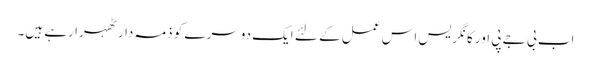
اب بی جے پی اور کانگریس اس عمل کے لئے ایک دوسرے کو ذمہ دار ٹھہرا رہے ہیں۔